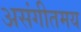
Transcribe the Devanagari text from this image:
असंगीतमय